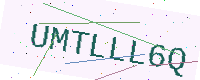
Text: UMTLLL6Q